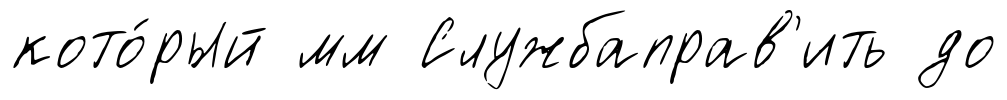
кото́рый мм Службаправ'ить до